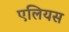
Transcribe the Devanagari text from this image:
एलियस